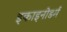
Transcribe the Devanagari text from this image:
इकाइनोडर्म